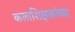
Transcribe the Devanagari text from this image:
कलाशिक्षकांच्या